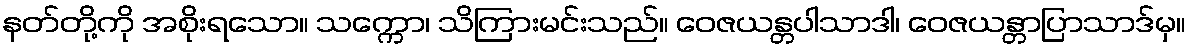
နတ်တို့ကို အစိုးရသော။ သက္ကော၊ သိကြားမင်းသည်။ ဝေဇယန္တပါသာဒါ၊ ဝေဇယန္တာပြာသာဒ်မှ။